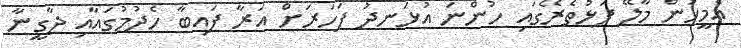
އެމީހުން މާލޭ ފަޅުތެރޭގައި ހުންނަ އުޅަނދު ފަހަރަށް އަރާ ފައިބާ ހެދުމުގައާއި ދާގީނާ